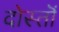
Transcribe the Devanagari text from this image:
दोस्तॊं